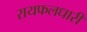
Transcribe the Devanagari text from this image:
रायफलधारी